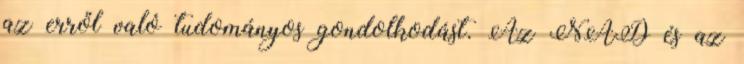
az erről való tudományos gondolkodást. Az NAD és az